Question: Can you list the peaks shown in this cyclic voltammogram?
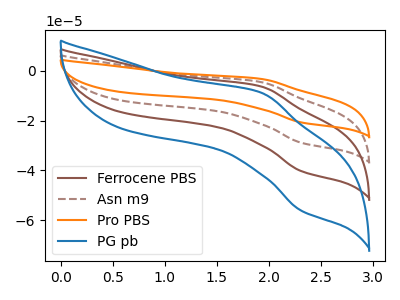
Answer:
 <answer>The brown curve "Ferrocene PBS" has an anodic peak at (1.95V, -6.35uA) and a cathodic peak at (2.30V, -40.30uA). The brown dashed curve "Asn m9" has an anodic peak at (1.95V, -12.65uA) and a cathodic peak at (2.30V, -80.65uA). The orange curve "Pro PBS" has an anodic peak at (1.95V, -19.00uA) and a cathodic peak at (2.30V, -120.95uA). The blue curve "PG pb" has an anodic peak at (1.95V, -8.80uA) and a cathodic peak at (2.30V, -56.25uA).</answer>
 <eval></eval>